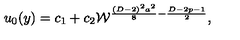
u _ { 0 } ( y ) = c _ { 1 } + c _ { 2 } { \cal W } ^ { { \frac { ( D - 2 ) ^ { 2 } a ^ { 2 } } { 8 } } - { \frac { D - 2 p - 1 } { 2 } } } ,